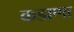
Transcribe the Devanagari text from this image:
कडाणा